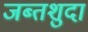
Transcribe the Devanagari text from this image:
जब्तशुदा